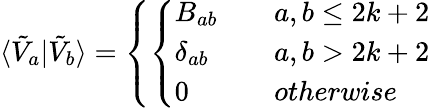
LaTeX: \langle\tilde{V}_{a}|\tilde{V}_{b}\rangle=\left\{ \left\{ \begin{array}{ll}{{B_{ab}}}&{{\quad a,b\le 2k+2}}\\ {{\delta_{ab}}}&{{\quad a,b>2k+2}}\\ {{0}}&{{\quad otherwise}}\end{array}\right.\right.